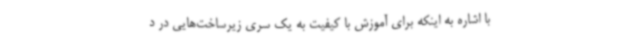
با اشاره به اینکه برای آموزش با کیفیت به یک سری زیرساخت‌هایی در د